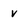
Character: v